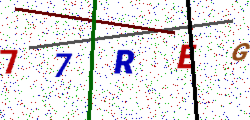
Text: 77REG